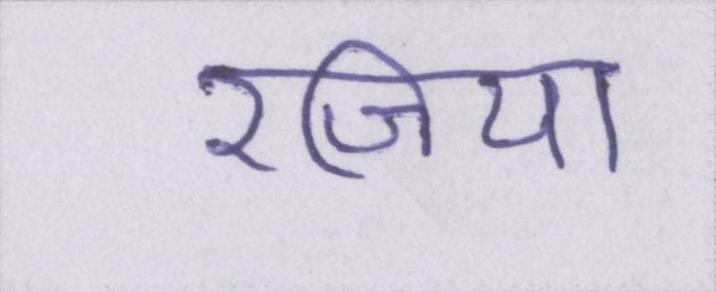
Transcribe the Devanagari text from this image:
रजिया